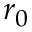
r _ { 0 }